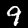
Digit: 9